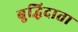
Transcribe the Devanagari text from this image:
बुद्धिदाता